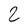
Character: 2